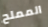
المملح